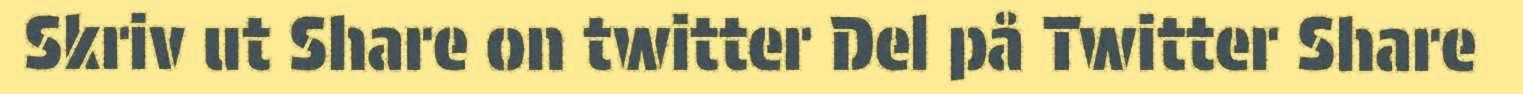
Skriv ut Share on twitter Del på Twitter Share